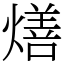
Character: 㷽